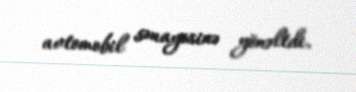
avtomobil sənayesinə yönəltdi.